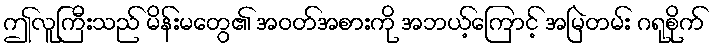
ဤလူကြီးသည် မိန်းမတွေ၏ အဝတ်အစားကို အဘယ့်ကြောင့် အမြဲတမ်း ဂရုစိုက်